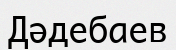
Дәдебаев